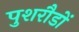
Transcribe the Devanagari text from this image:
पुशरौडों